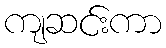
ကျဆင်းကာ